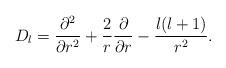
LaTeX: \begin{align*}D_l={\partial^2\over\partial r^2}+{2\over r}{\partial\over\partial r}-{l(l+1)\over r^2}.\end{align*}